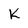
Character: K